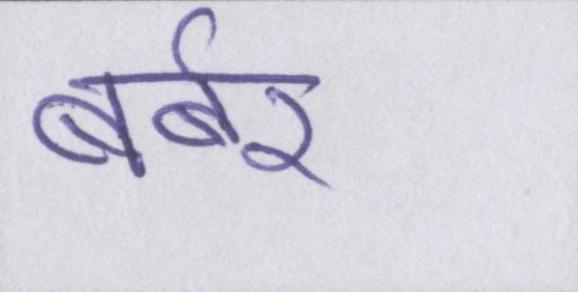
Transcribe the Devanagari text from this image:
बर्बर